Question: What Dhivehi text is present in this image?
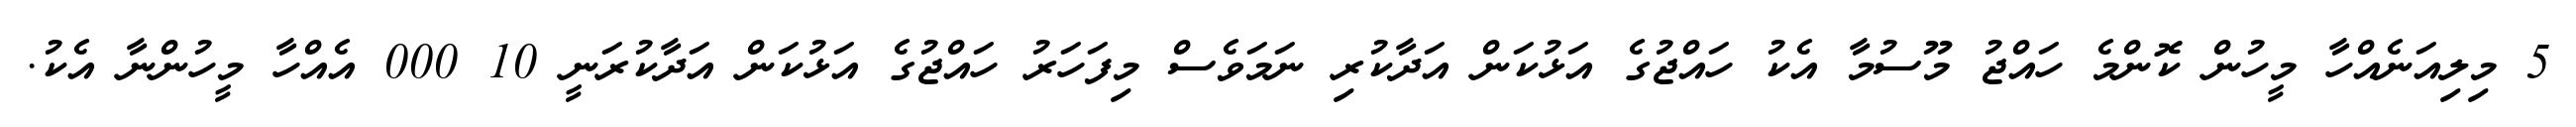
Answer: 5 މިލިއަނެއްހާ މީހުން ކޮންމެ ހައްޖު މޫސުމާ އެކު ހައްޖުގެ އަޅުކަން އަދާކުރި ނަމަވެސް މިފަހަރު ހައްޖުގެ އަޅުކަން އަދާކުރަނީ 10 000 އެއްހާ މީހުންނާ އެކު.